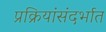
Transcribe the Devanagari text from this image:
प्रक्रियांसंदर्भात